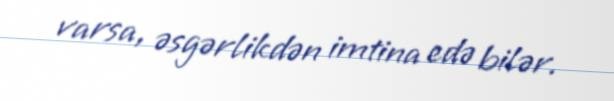
varsa, əsgərlikdən imtina edə bilər.